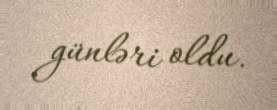
günləri oldu.